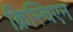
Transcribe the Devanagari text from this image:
क्रिस्चिएन